Manual of the Civil Veterinary Department, Central Provinces and Berar
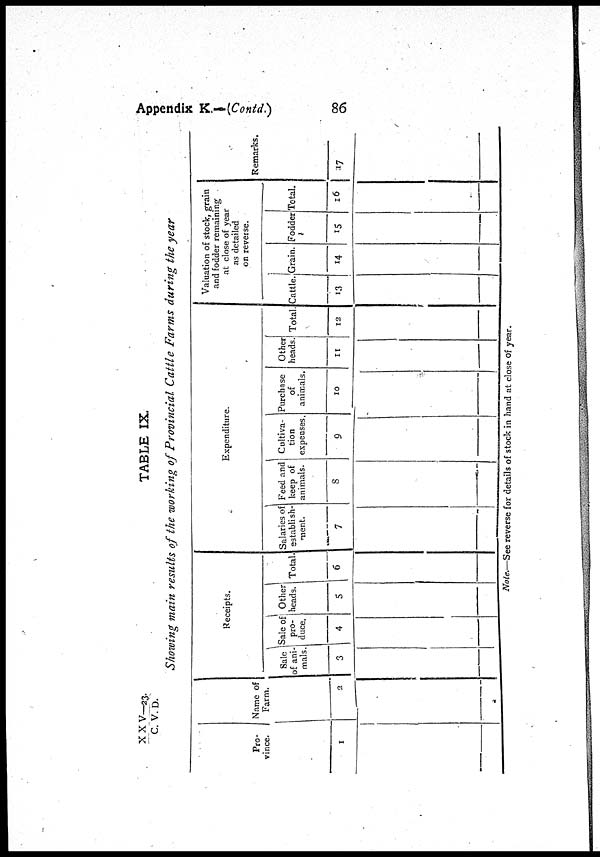
Appendix K.—(Contd)
86
XXV—23. / C. V. D.
TABLE IX.
Showing main results of the working of Provincial Cattle Farms during the year
Pro-
vince.
1
Name of
Farm.
2
Receipts.
Sale
of ani-
mals
3
Sale of
pro-
duce.
4
Other
heads.
5
Total.
6
Expenditure.
Salaries of
establish-
ment.
7
Feed and
keep of
animals.
8
Cultiva-
tion
expenses.
9
Purchase
of
animals.
10
Other
heads
11
Total.
12
Valuation of stock, grain
and fodder remaining
at close of year
as detailed
on reverse.
Cattle.
13
Grain.
14
Fodder
15
Total.
16
Remarks.
17
Note.—See reverse for details of stock in hand at close of year.